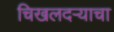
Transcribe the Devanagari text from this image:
चिखलदर्‍याचा